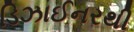
ડિઝાઈનરથી